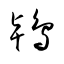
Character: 鴇